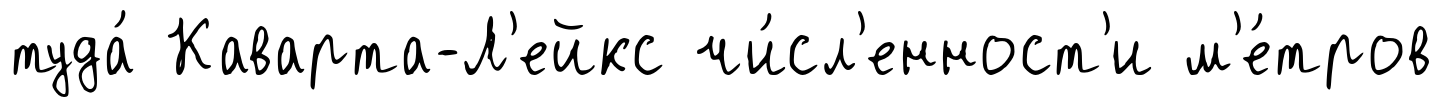
туда́ Каварта-Л'ейкс чи́сл'енност'и м'е́тров